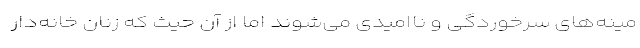
مینه‌های سرخوردگی و ناامیدی می‌شوند اما از آن حیث که زنان خانه‌دار